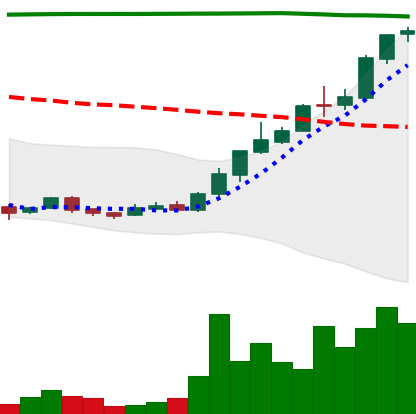
Ticker: DOGE-USD
Chart end date: 2018-04-20
Forward return: -13.575%
Label: down_7plus